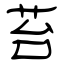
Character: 苔